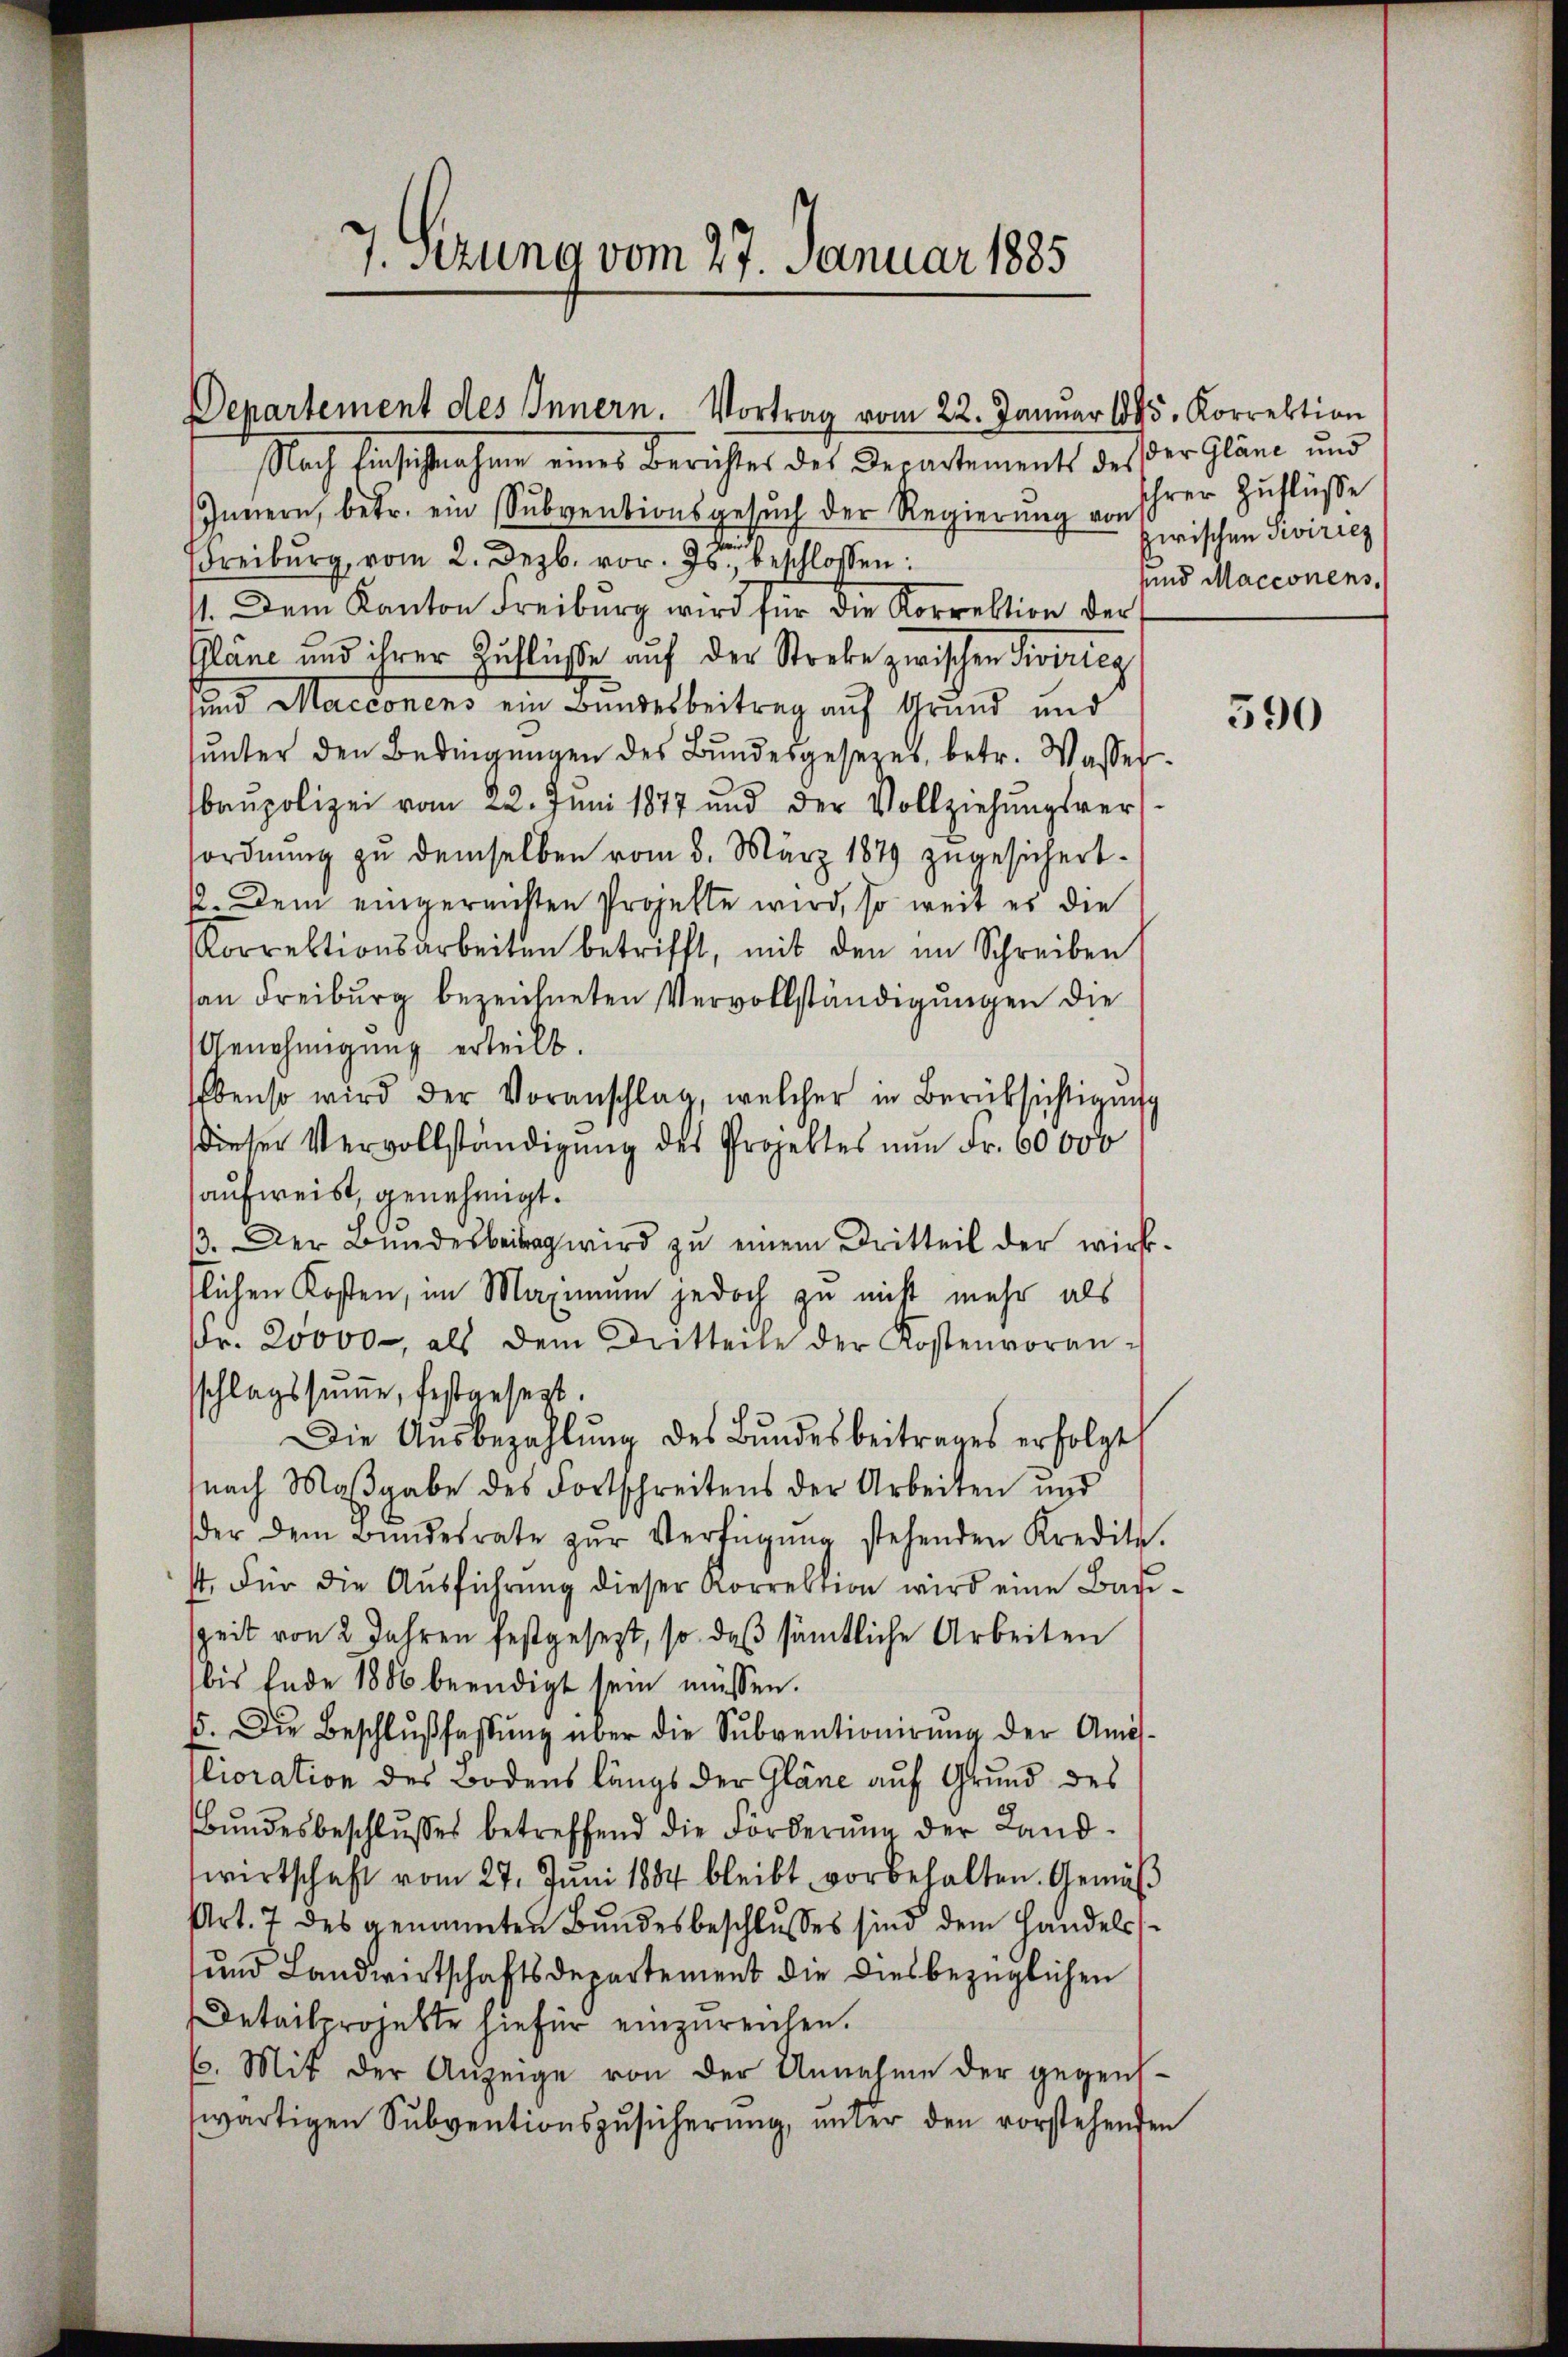
7. Szuna vom 27. Januar 1885

Departement des Innern. Vortrag vom 22. Januar 1895. Korrektion

Nach Einsichtnahme eines Berichtes des Departements des der Gläne und
Innern, betr. ein Subventionsgesŭch der Regierŭng von
Freiburg, vom 2. Dezb. vor. Js., beschlossen:
11. Dem Kanton Freiburg wird für die Korrektion der
Pläne und ihrer Zuflüße auf der Strebe zwischen Sivizicg
sund Macionens ein Bundesbeitrag auf Grund und
sŭnter den Bedingŭngen des Bundesgesetzes, betr. Wasser
baupolizei vom 22. Juni 1877 und der Vollziehŭngsver-
ordnung zu demselben vom 5. März 1879 zugesichert.
12. Dem eingereichten Projekte wird, so weit es die
Korrektionsarbeiten betrifft, mit den im Schreiben
an Freiburg bezeichneten Vervollständigungen die
Genehmigung erteilt.
Ebenso wird der Voranschlag, welcher in Berüksichtigŭng
dieser Vervollständigung des Projektes nun Fr. 60000
aufweist genehmigt.
13. Der Bundesbeitrag wird zŭ einem Dritteil der wirkflichen Kosten, im Maximum jedoch zu nicht mehr als
fr. 20000, als dem Dritteile der Kostenvoran-
sschlagssumme, festgesezt.
Die Aŭsbezahlŭng des Bundesbeitrages erfolgt,
(nach Maßgabe des Fortschreitens der Arbeiten und
der dem Bŭndesrate zŭr Verfügŭng stehenden Kredite.
st. Für die Ausführung dieser Korrektion wird eine Bau¬
Zeit von 2 Jahren festgesezt, so daß sämtliche Arbeiten
bis Ende 1886 beendigt sein müssen.
5. Die Beschlŭβfassŭng über die Sŭbventionirŭng der Amis-
Plioration des Bodens längs der Gläne auf Grund des
Bŭndesbeschlŭsses betreffend die Förderŭng der Land-
wirtschaft vom 27. Juni 1884 bleibt vorbehalten. Gemäß
Art. 7 des genannten Bundesbeschlusses sind dem Handels-
und Landwirtschaftsdepartement die diesbezüglichen
Detailprojekte hiefür einzureichen.
E. Mit der Anzeige von der Unnahme der gegens-
wärtigen Subventionszusicherung, unter den vorstehenden

Ihrer Zuflüße
zwischen Siviries
sind Macionens.

590